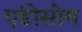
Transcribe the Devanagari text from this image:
एंडोसोम